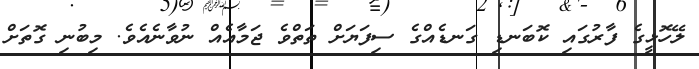
ލޭހޮޅީގެ ފާރުގައި ކޮބަނޑި ގަނޑެއްގެ ސިފަޔަށް ތަތްވެ ޖަމާއެއް ނުވާނެއެވެ. މިބުނި ގޮތަށް